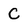
Character: C